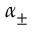
\alpha _ { \pm }